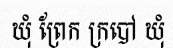
ឃុំ ព្រែក ក្របៅ ឃុំ